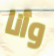
وأنا